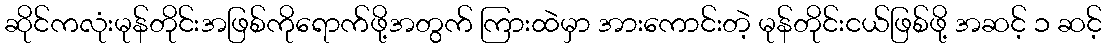
ဆိုင်ကလုံးမုန်တိုင်းအဖြစ်ကိုရောက်ဖို့အတွက် ကြားထဲမှာ အားကောင်းတဲ့ မုန်တိုင်းငယ်ဖြစ်ဖို့ အဆင့် ၁ ဆင့်